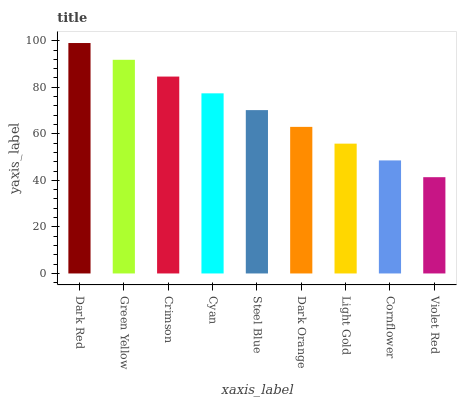
| xaxis_label | bars |
 | --- | --- |
 | Dark Red | 99 |
 | Green Yellow | 91.8 |
 | Crimson | 84.6 |
 | Cyan | 77.4 |
 | Steel Blue | 70.2 |
 | Dark Orange | 63 |
 | Light Gold | 55.8 |
 | Cornflower | 48.6 |
 | Violet Red | 41.4 |